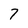
Character: 7